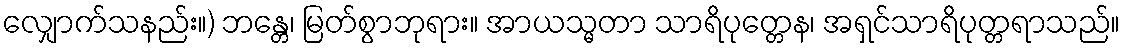
လျှောက်သနည်း။) ဘန္တေ၊ မြတ်စွာဘုရား။ အာယသ္မတာ သာရိပုတ္တေန၊ အရှင်သာရိပုတ္တရာသည်။